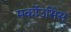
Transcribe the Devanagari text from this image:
मर्कोउसिस